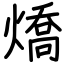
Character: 燆